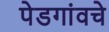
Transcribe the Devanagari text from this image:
पेडगांवचे